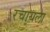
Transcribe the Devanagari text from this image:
रचायला